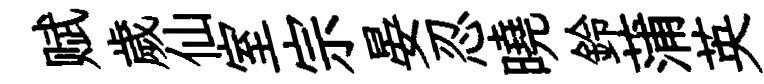
赋歲仙室宗晏忍曉鈴蒲英